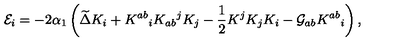
{ \cal E } _ { i } = - 2 \alpha _ { 1 } \left( \widetilde { \Delta } K _ { i } + K ^ { a b } { } _ { i } K _ { a b } { } ^ { j } K _ { j } - { \frac { 1 } { 2 } } K ^ { j } K _ { j } K _ { i } - { \cal G } _ { a b } K ^ { a b } { } _ { i } \right) ,